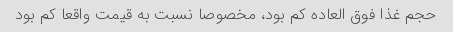
حجم غذا فوق العاده کم بود، مخصوصا نسبت به قیمت واقعا کم بود